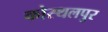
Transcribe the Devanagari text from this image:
कोस्थलपुर